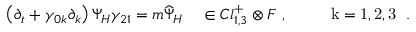
\left( \partial _ { t } + \gamma _ { 0 k } \partial _ { k } \right) \Psi _ { H } \gamma _ { 2 1 } = m \widehat { \Psi } _ { H } ~ ~ ~ \in C l _ { 1 , 3 } ^ { + } \otimes { \cal F } ~ , ~ ~ ~ ~ ~ ~ ~ \mathrm { \footnotesize ~ k = 1 , 2 , 3 ~ } ~ .